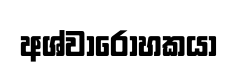
අශ්වාරෝහකයා